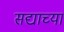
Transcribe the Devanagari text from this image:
सद्याच्या